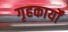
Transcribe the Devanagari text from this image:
गृहकार्यों